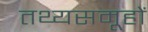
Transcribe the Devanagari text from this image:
तथ्यसमूहों